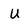
Character: u